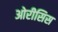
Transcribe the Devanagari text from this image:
ओरीसिस